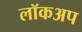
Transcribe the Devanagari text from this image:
लॉकअप